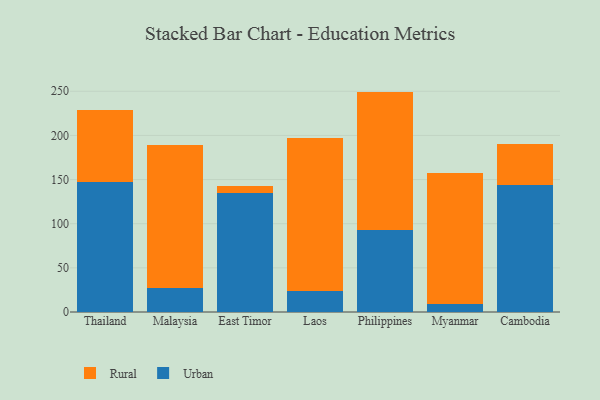
{"axis": {"x": "Country", "y": "Net Income (USD K)"}, "legend": ["Rural", "Urban"], "data": [{"x": "Thailand", "y": 147.1, "type": "Urban"}, {"x": "Thailand", "y": 81.6, "type": "Rural"}, {"x": "Malaysia", "y": 27.3, "type": "Urban"}, {"x": "Malaysia", "y": 161.5, "type": "Rural"}, {"x": "East Timor", "y": 135.3, "type": "Urban"}, {"x": "East Timor", "y": 7.2, "type": "Rural"}, {"x": "Laos", "y": 24.1, "type": "Urban"}, {"x": "Laos", "y": 172.8, "type": "Rural"}, {"x": "Philippines", "y": 92.9, "type": "Urban"}, {"x": "Philippines", "y": 156.7, "type": "Rural"}, {"x": "Myanmar", "y": 9.0, "type": "Urban"}, {"x": "Myanmar", "y": 148.0, "type": "Rural"}, {"x": "Cambodia", "y": 144.2, "type": "Urban"}, {"x": "Cambodia", "y": 45.9, "type": "Rural"}]}